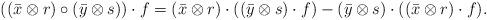
LaTeX: \begin{align*}((\bar{x}\otimes r)\circ (\bar{y}\otimes s)) \cdot f& = (\bar{x}\otimes r)\cdot ((\bar{y}\otimes s)\cdot f)-(\bar{y}\otimes s)\cdot ((\bar{x}\otimes r)\cdot f).\end{align*}